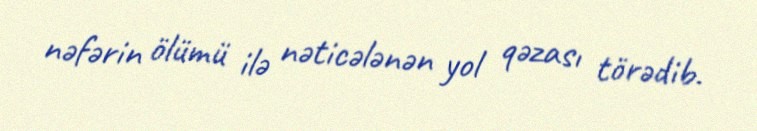
nəfərin ölümü ilə nəticələnən yol qəzası törədib.